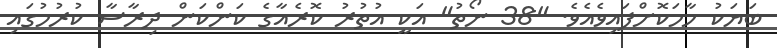
ބަޔަކު ހާމަކޮށްފައިވެއެވެ. "38 ނޯތު" އަކީ އުތުރު ކޮރެއާގެ ކަންކަން ދިރާސާ ކުރުމުގައި